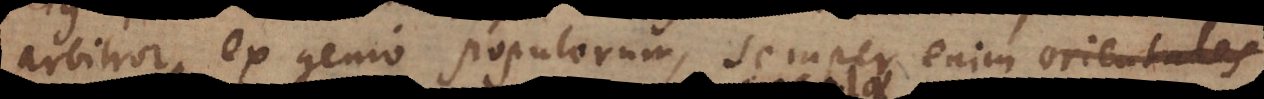
arbitror ex genio populorum, semper enim orientales